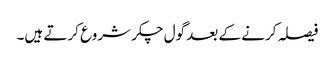
فیصلہ کرنے کے بعد گول چکر شروع کرتے ہیں۔